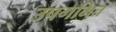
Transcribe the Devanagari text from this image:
उपगमित